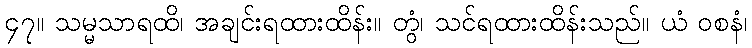
၄၇။ သမ္မသာရထိ၊ အချင်းရထားထိန်း။ တွံ၊ သင်ရထားထိန်းသည်။ ယံ ဝစနံ၊